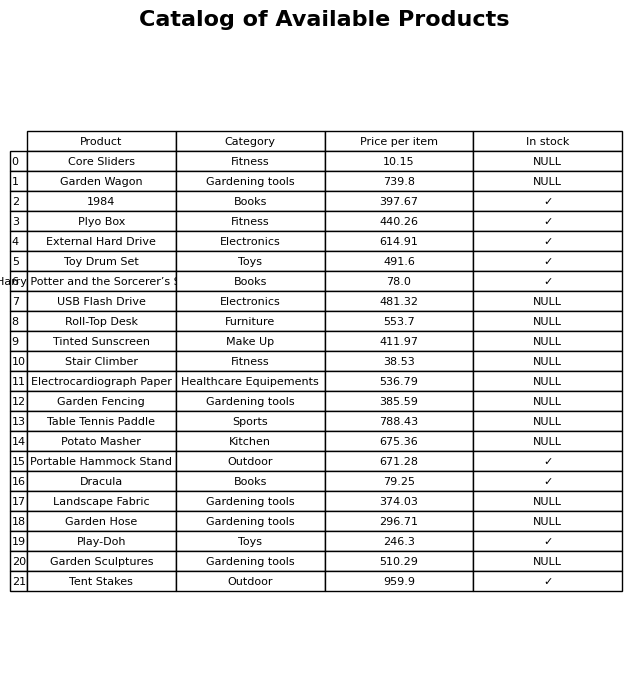
question: Is the Plyo Box in stock?
answer: ✓